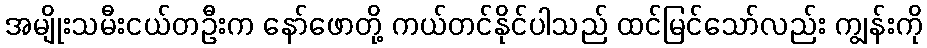
အမျိုးသမီးငယ်တဦးက နော်ဖောတို့ ကယ်တင်နိုင်ပါသည် ထင်မြင်သော်လည်း ကျွန်းကို